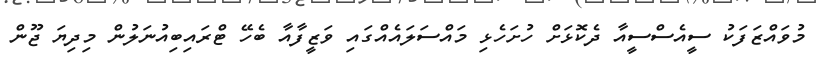
މުވައްޒަފަކު ސީއެސްސީއާ ދެކޮޅަށް ހުށަހެޅި މައްސަލައެއްގައި ވަޒީފާއާ ބެހޭ ޓްރައިބިއުނަލުން މިދިޔަ ޖޫން